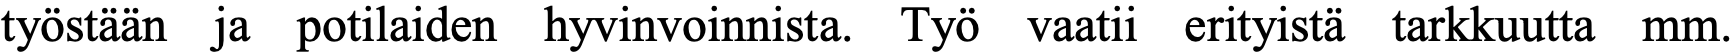
työstään ja potilaiden hyvinvoinnista. Työ vaatii erityistä tarkkuutta mm.